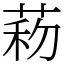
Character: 菞